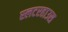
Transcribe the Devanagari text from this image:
स्लटरहाउस